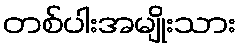
တစ်ပါးအမျိုးသား